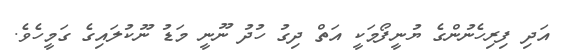
އަދި ފިރިހެނުންގެ ޔުނީފޯމަކީ އަތް ދިގު ހުދު ނޫނީ މަޑު ނޫކުލައިގެ ގަމީހެވެ.